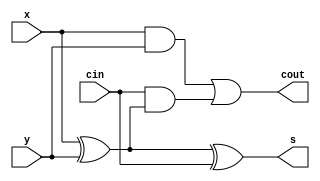
module lab4decomposed(x,y,cin,s,cout);
input x,y,cin;
output s,cout;
wire is,ic;
assign is=x^y;
assign ic=x&y;
assign s=is^cin;
assign cout=ic|(cin&is);
endmodule